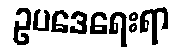
ဥပဒေရေးရာ